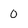
Character: 0